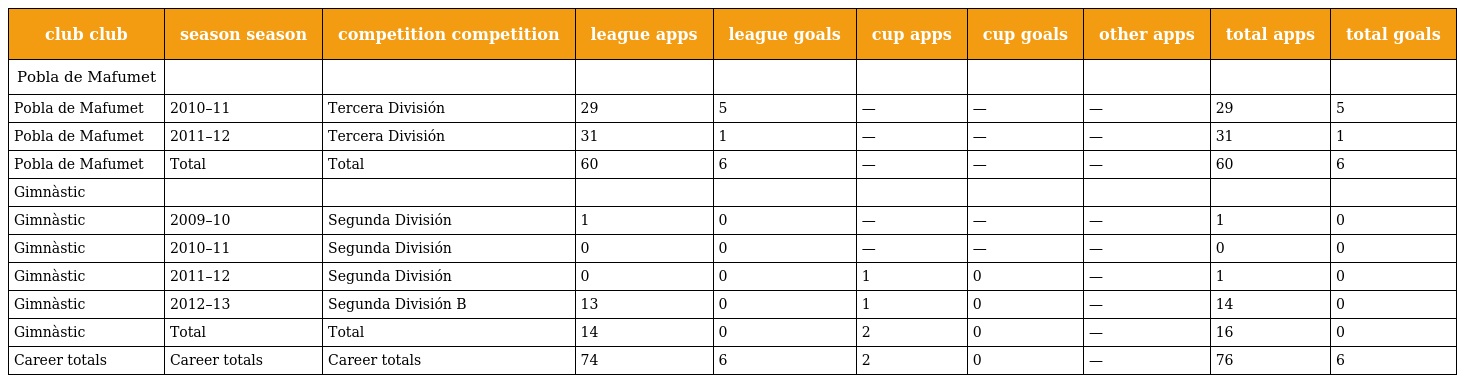
| club club | season season | competition competition | league apps | league goals | cup apps | cup goals | other apps | total apps | total goals |
 | --- | --- | --- | --- | --- | --- | --- | --- | --- | --- |
 | Pobla de Mafumet |  |  |  |  |  |  |  |  |  |
 | Pobla de Mafumet | 2010–11 | Tercera División | 29 | 5 | — | — | — | 29 | 5 |
 | Pobla de Mafumet | 2011–12 | Tercera División | 31 | 1 | — | — | — | 31 | 1 |
 | Pobla de Mafumet | Total | Total | 60 | 6 | — | — | — | 60 | 6 |
 | Gimnàstic |  |  |  |  |  |  |  |  |  |
 | Gimnàstic | 2009–10 | Segunda División | 1 | 0 | — | — | — | 1 | 0 |
 | Gimnàstic | 2010–11 | Segunda División | 0 | 0 | — | — | — | 0 | 0 |
 | Gimnàstic | 2011–12 | Segunda División | 0 | 0 | 1 | 0 | — | 1 | 0 |
 | Gimnàstic | 2012–13 | Segunda División B | 13 | 0 | 1 | 0 | — | 14 | 0 |
 | Gimnàstic | Total | Total | 14 | 0 | 2 | 0 | — | 16 | 0 |
 | Career totals | Career totals | Career totals | 74 | 6 | 2 | 0 | — | 76 | 6 |